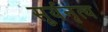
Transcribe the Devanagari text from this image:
सूर्यनृत्य